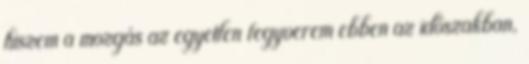
hiszem a mozgás az egyetlen fegyverem ebben az időszakban,